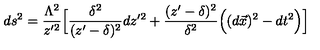
d s ^ { 2 } = { \frac { \Lambda ^ { 2 } } { z ^ { \prime 2 } } } \Big \lbrack { \frac { \delta ^ { 2 } } { ( z ^ { \prime } - \delta ) ^ { 2 } } } d z ^ { \prime 2 } + { \frac { ( z ^ { \prime } - \delta ) ^ { 2 } } { \delta ^ { 2 } } } \Big ( ( d \vec { x } ) ^ { 2 } - d t ^ { 2 } \Big ) \Big \rbrack